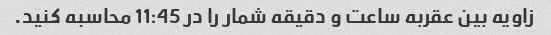
زاویه بین عقربه ساعت و دقیقه شمار را در 11:45 محاسبه کنید.